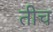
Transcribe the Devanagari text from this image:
तीच